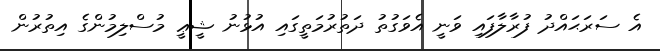
އެ ސަރަޙައްދު ފުރާލާފައި ވަނީ އެވަގުތު ދަތުރުމަތީގައި އުޅުނު ޝީޢީ މުސްލިމުންގެ އިތުރުން